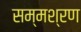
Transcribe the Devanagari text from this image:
सम्मश्रण